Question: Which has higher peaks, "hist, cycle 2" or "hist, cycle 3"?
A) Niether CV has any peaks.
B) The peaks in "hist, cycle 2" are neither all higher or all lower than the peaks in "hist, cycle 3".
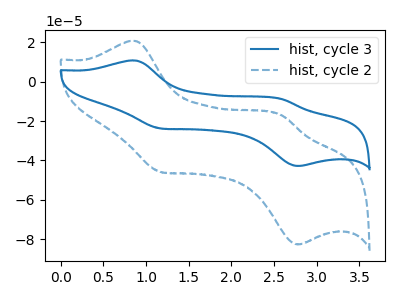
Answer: <think>The blue curve "hist, cycle 3" has anodic peaks at (0.85V, 10.75uA) (2.60V, -8.80uA) and cathodic peaks at (1.20V, -23.75uA) (2.80V, -42.80uA). The blue dashed curve "hist, cycle 2" has anodic peaks at (0.85V, 20.75uA) (2.60V, -17.00uA) and cathodic peaks at (1.20V, -45.85uA) (2.80V, -82.60uA).</think>
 <answer>B) The peaks in "hist, cycle 2" are neither all higher or all lower than the peaks in "hist, cycle 3".</answer>
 <eval>B</eval>